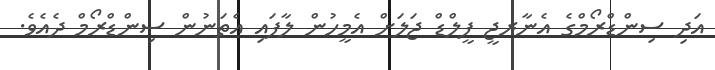
އަދި ސިންޑްރޯމްގެ އެނާރޖީ ފީލްޑް ޖަލަށް އެމީހުން ލާފައި އެތަނުން ސިންޑްރޯމް ދެއެވެ.